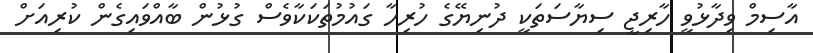
އާސިމް ވިދާޅުވީ ހާރިޖީ ސިޔާސަތަކީ ދުނިޔޭގެ ހުރިހާ ގައުމުތަކަކާވެސް ގުޅުން ބާއްވައިގެން ކުރިއަށް